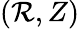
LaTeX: (\mathcal{R},Z)